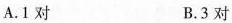
A.1对 B.3对